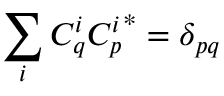
\sum _ { i } C _ { q } ^ { i } { C _ { p } ^ { i } } ^ { * } = \delta _ { p q }